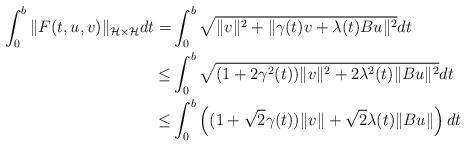
LaTeX: \begin{align*}\int_0^b\|F(t,u,v)\|_{{\cal H}\times {\cal H}}dt = & \int_0^b\sqrt{\|v\|^2+\|\gamma(t) v+\lambda(t)Bu\|^2}dt\\\leq & \int_0^b\sqrt{(1+2\gamma^2(t))\|v\|^2+2\lambda^2(t)\|Bu\|^2}dt\\\leq & \int_0^b\left((1+\sqrt{2}\gamma(t))\|v\|+\sqrt{2}\lambda(t)\|Bu\|\right)dt\end{align*}